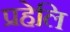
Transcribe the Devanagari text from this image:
प्रहेलि